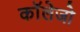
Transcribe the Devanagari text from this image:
काॅलेजो